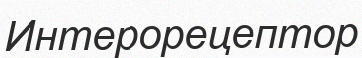
Интерорецептор